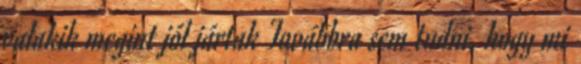
valakik megint jól jártak Továbbra sem tudni, hogy mi